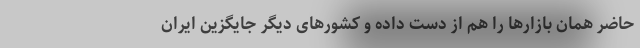
حاضر همان بازار‌ها را هم از دست داده و کشور‌های دیگر جایگزین ایران